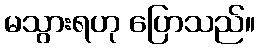
မသွားရဟု ပြောသည်။